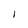
Character: 1